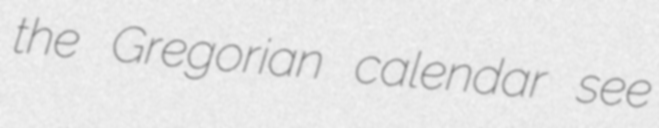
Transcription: the Gregorian calendar see